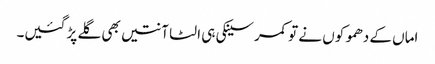
اماں کے دھموکوں نے تو کمر سینکی ہی الٹا آنتیں بھی گلے پڑ گئیں۔